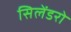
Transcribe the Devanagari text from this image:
सिलेंडरो